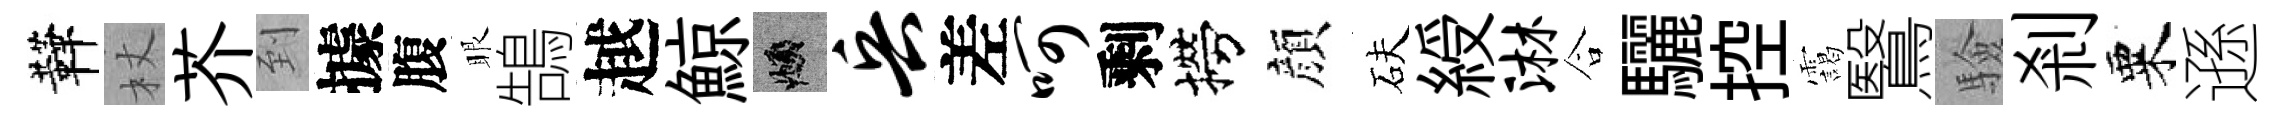
鞾杖芥到據腹眼鵠越鯨頫兵差呵剩撈顔砆綬淋合驪控靄鷖驗剎粟遜